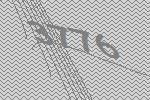
3776